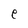
Character: e